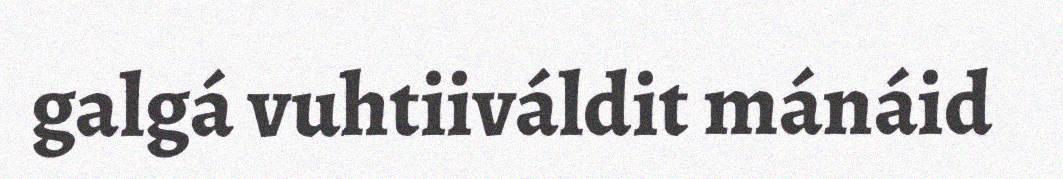
galgá vuhtiiváldit mánáid